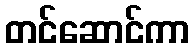
တင်ဆောင်ကာ